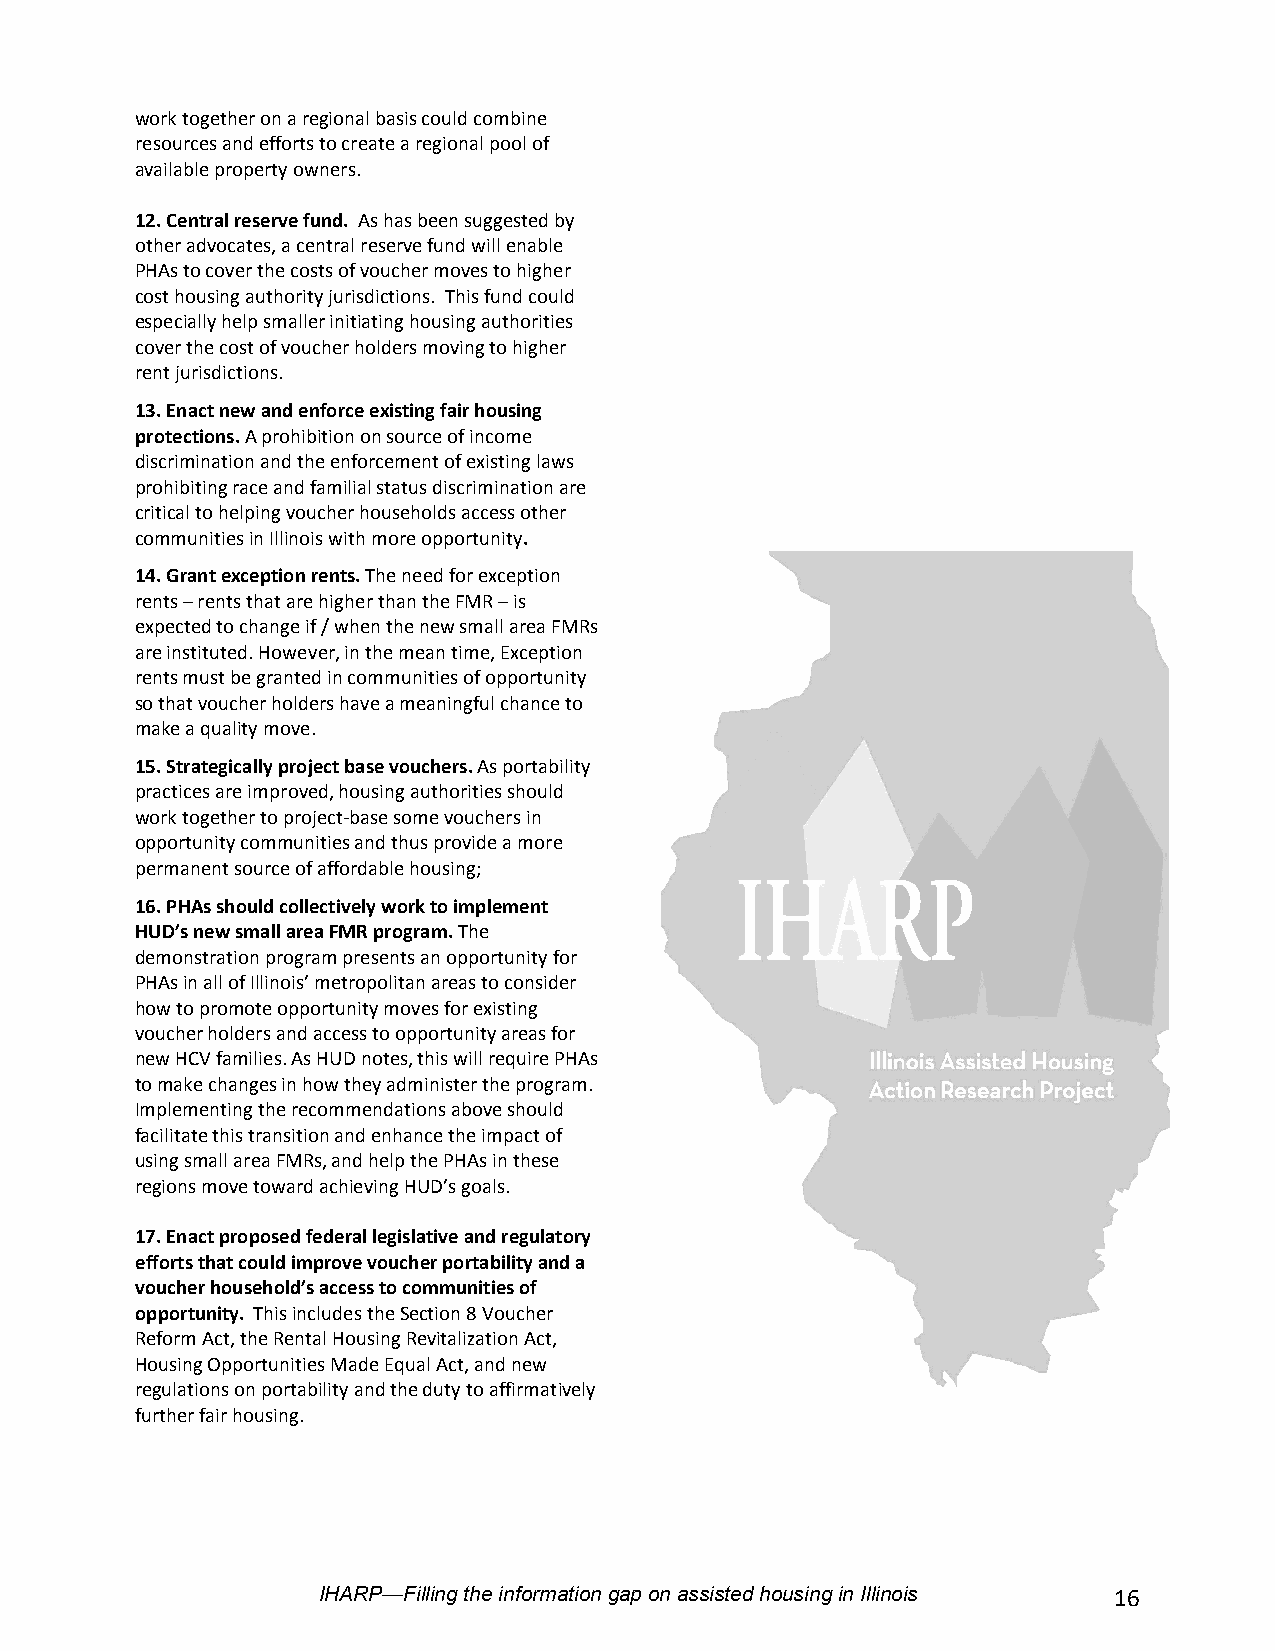
work together on a regional basis could combine
 resources and efforts to create a regional pool of
 available property owners.
 12. Central reserve fund. As has been suggested by
 other advocates, a central reserve fund will enable
 PHAs to cover the costs of voucher moves to higher
 cost housing authority jurisdictions. This fund could
 especially help smaller initiating housing authorities
 cover the cost of voucher holders moving to higher
 rent jurisdictions.
 13. Enact new and enforce existing fair housing
 protections. A prohibition on source of income
 discrimination and the enforcement of existing laws
 prohibiting race and familial status discrimination are
 critical to helping voucher households access other
 communities in Illinois with more opportunity.
 14. Grant exception rents. The need for exception
 rents – rents that are higher than the FMR – is
 expected to change if / when the new small area FMRs
 are instituted. However, in the mean time, Exception
 rents must be granted in communities of opportunity
 so that voucher holders have a meaningful chance to
 make a quality move.
 15. Strategically project base vouchers. As portability
 practices are improved, housing authorities should
 work together to project-base some vouchers in
 opportunity communities and thus provide a more
 permanent source of affordable housing;
 16. PHAs should collectively work to implement
 HUD’s new small area FMR program. The
 demonstration program presents an opportunity for
 PHAs in all of Illinois’ metropolitan areas to consider
 how to promote opportunity moves for existing
 voucher holders and access to opportunity areas for
 new HCV families. As HUD notes, this will require PHAs
 to make changes in how they administer the program.
 Implementing the recommendations above should
 facilitate this transition and enhance the impact of
 using small area FMRs, and help the PHAs in these
 regions move toward achieving HUD’s goals.
 17. Enact proposed federal legislative and regulatory
 efforts that could improve voucher portability and a
 voucher household’s access to communities of
 opportunity. This includes the Section 8 Voucher
 Reform Act, the Rental Housing Revitalization Act,
 Housing Opportunities Made Equal Act, and new
 regulations on portability and the duty to affirmatively
 further fair housing.
 IHARP—Filling the information gap on assisted housing in Illinois 16